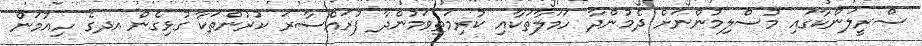
ސްރީލަންކާގައި މުސްލިމުންނަށް ދެމުންދާ ހަމަލާތަކާއި ކުރިމަތިވަމުންދާ ފުރައްސާރަ ކުރުންތަކާ ގުޅިގެން އދގެ ހިއުމަން